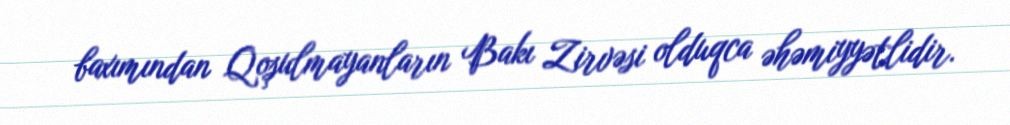
baxımından Qoşulmayanların Bakı Zirvəsi olduqca əhəmiyyətlidir.